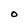
Character: O